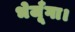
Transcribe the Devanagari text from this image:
भेजूँगा।